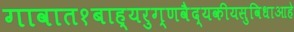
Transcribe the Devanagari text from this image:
गावात१बाह्यरुग्णवैद्यकीयसुविधाआहे